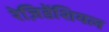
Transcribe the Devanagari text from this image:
रेज़िडेंशियल